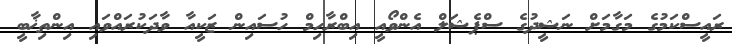
ރައީސްކަމުގެ މަގާމަށް ނަޝީދުގެ ސްޕެޝަލް އެންވޯއީ އިބްރާހިމް ހުސައިން ޒަކީއާ ވާދަކުރައްވައި އިންތިޚާބީ